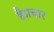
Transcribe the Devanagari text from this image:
हैप्रचार